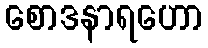
စောဒနာရဟော